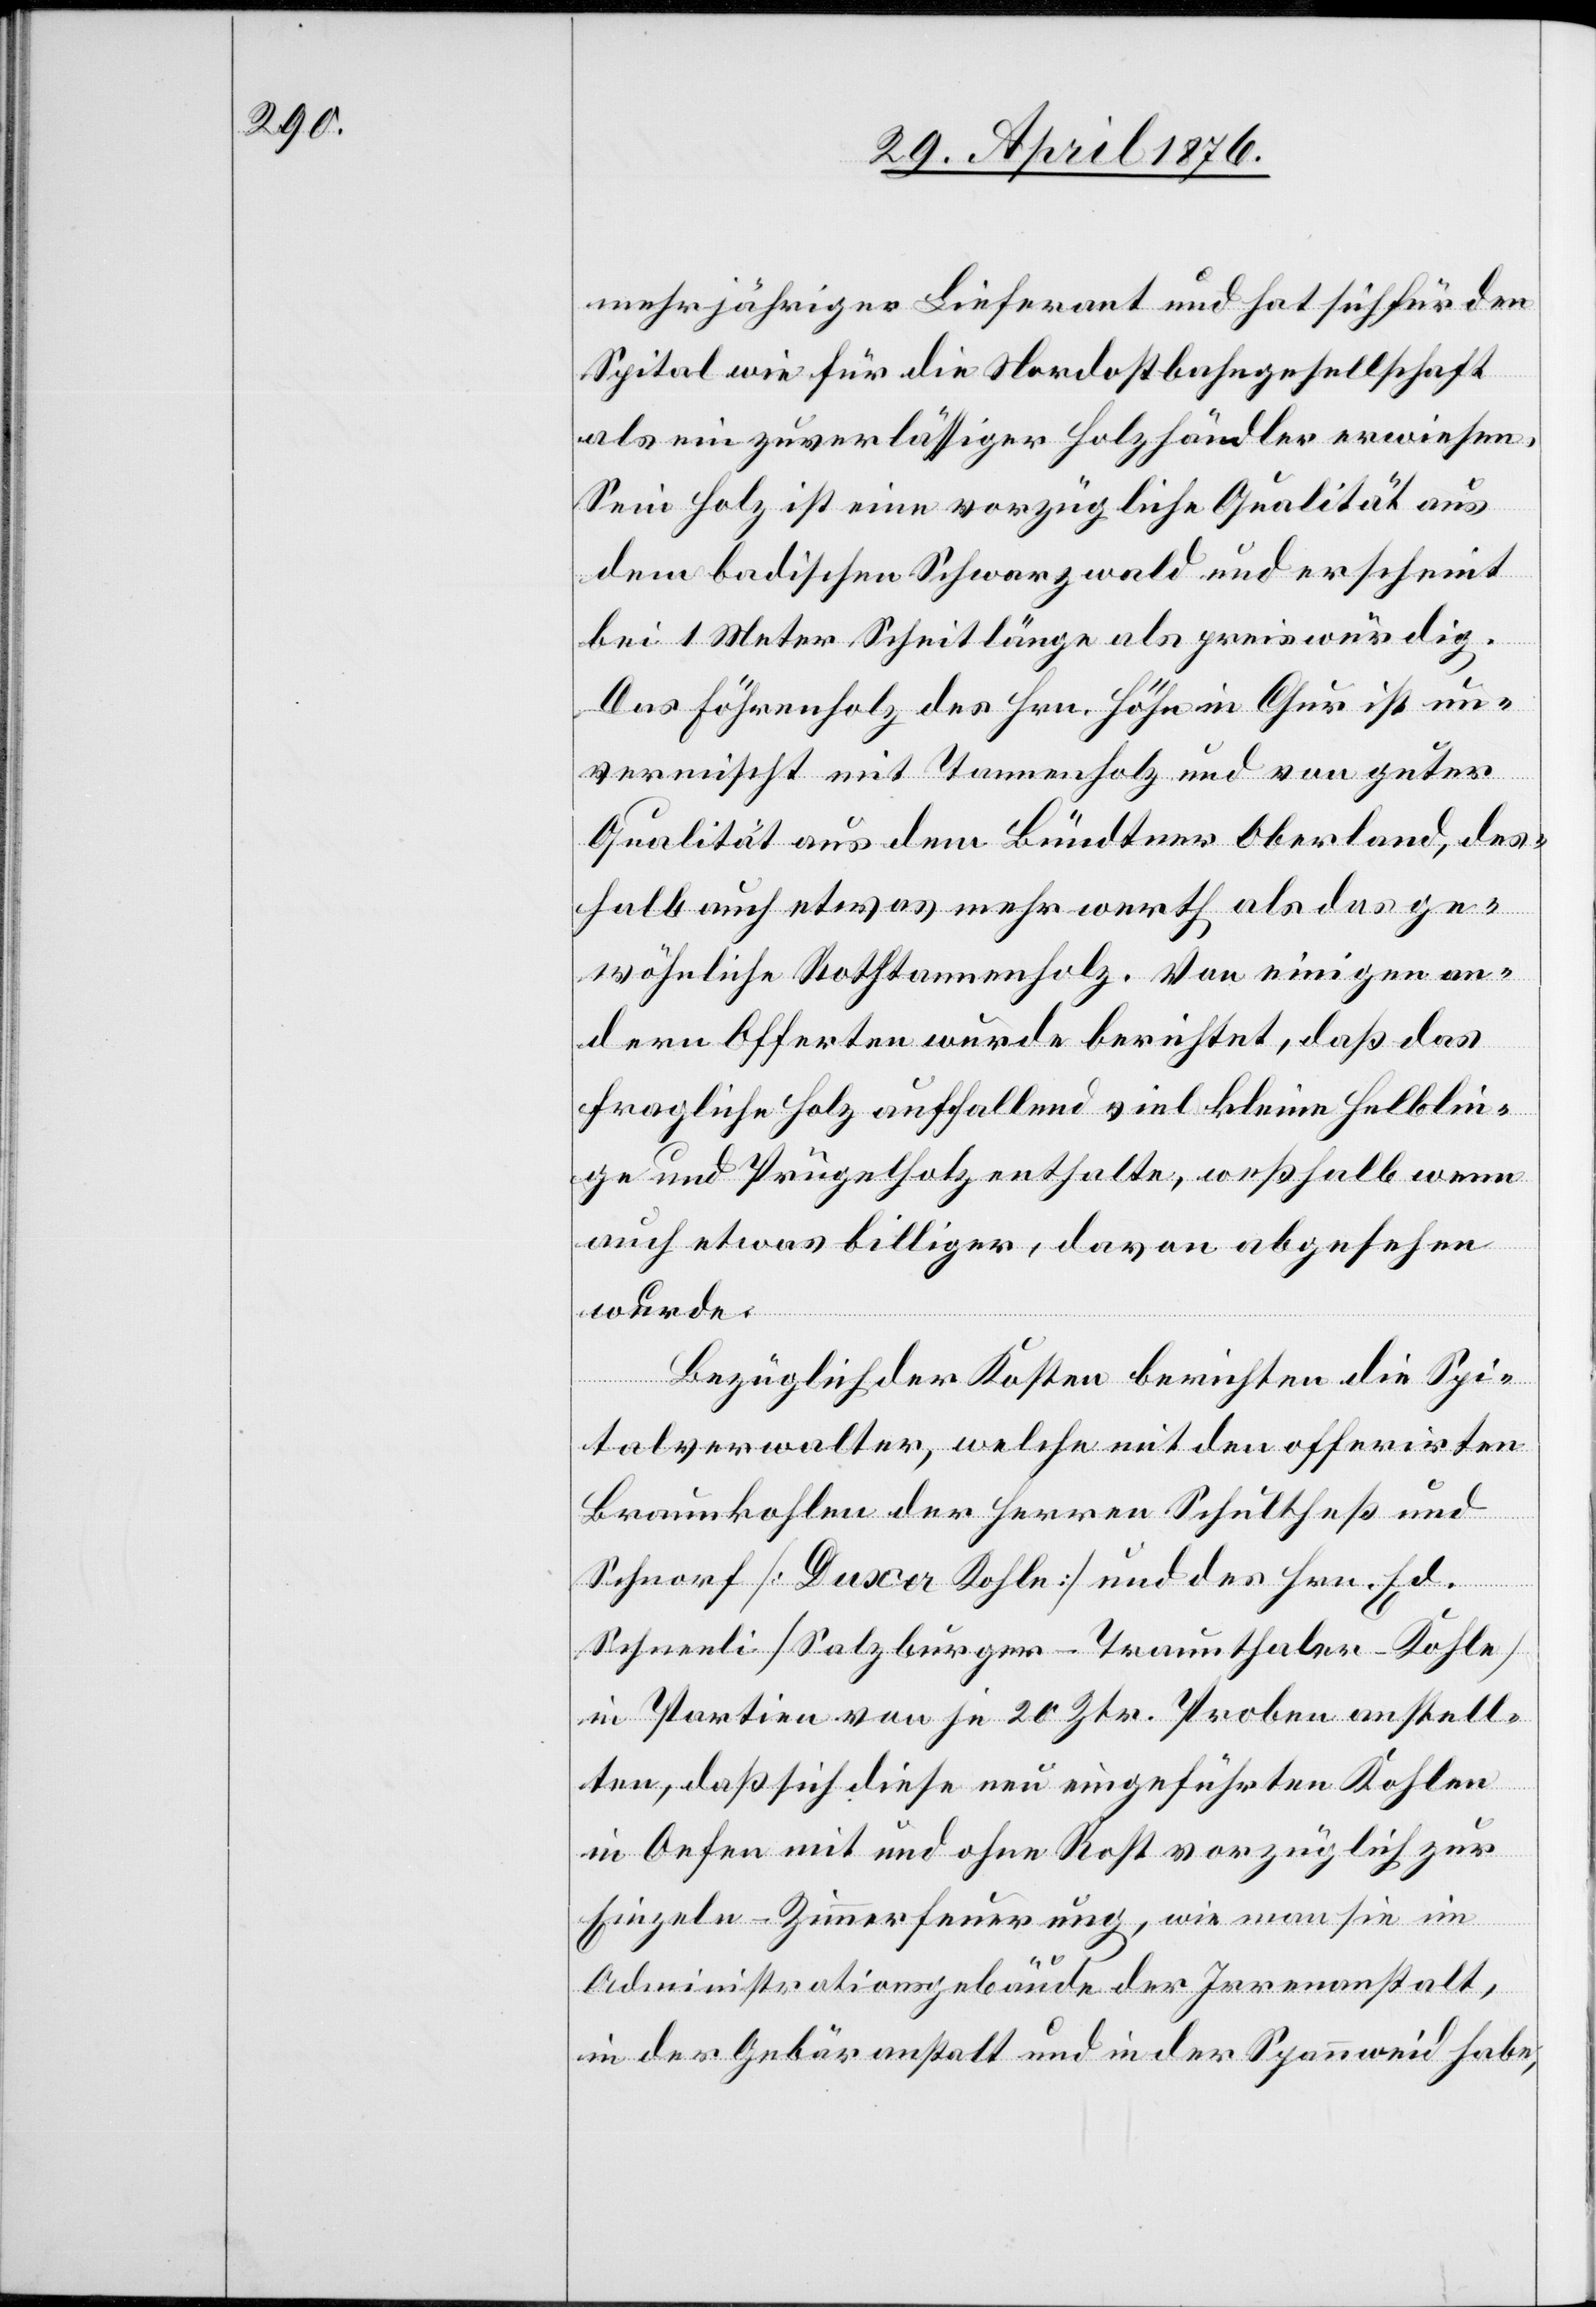
mehrjähriger Lieferant und hat sich für den
Spital wie für die Nordostbahngesellschaft
als ein zuverlässiger Holzhändler erwiesen.
Sein Holz ist eine vorzügliche Qualität aus
dem badischen Schwarzwald und erscheint
bei 1 Meter Scheitlänge als preiswürdig.
Das Föhrenholz des Hrn. Höhn in Chur ist un¬
vermischt mit Tannenholz und von guter
Qualität aus dem Bündtner Oberland, des¬
halb auch etwas mehr werth als das ge¬
wöhnliche Rothstammholz. Von einigen an¬
dern Offerten wurde berichtet, daß das
fragliche Holz auffallend viel kleine Helblin¬
ge und Prügelholz enthalte, weßhalb wenn
auch etwas billiger, davon abgesehen
wurde.
Bezüglich der Kosten berichten die Spi¬
talverwalter, welche mit den offerirten
Braunkohlen der Herren Schultheß und
Schnorf [Duxer Kohle] und des Hrn. Ed.
Schneeli [Salzburger-Traunthaler-Kohle]
in Partien von je 20 Ztr. Proben anstell¬
ten, daß sich diese nun eingeführten Kohlen
in Oefen mit und ohne Rost vorzüglich zur
Einzeln-Zimmerfeuerung, wie man sie im
Administrationsgebäude der Irrenanstalt,
in der Gebäranstalt und in der Spannweid habe,